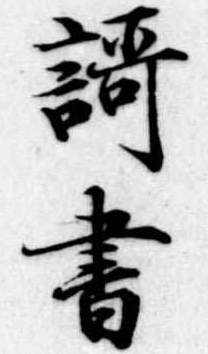
歌書